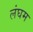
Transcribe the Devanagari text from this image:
लंघम